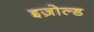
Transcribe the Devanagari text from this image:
इज़ोल्ड